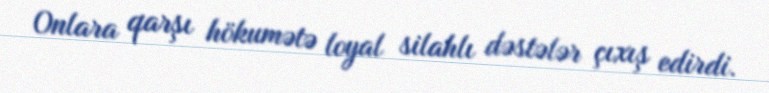
Onlara qarşı hökumətə loyal silahlı dəstələr çıxış edirdi.